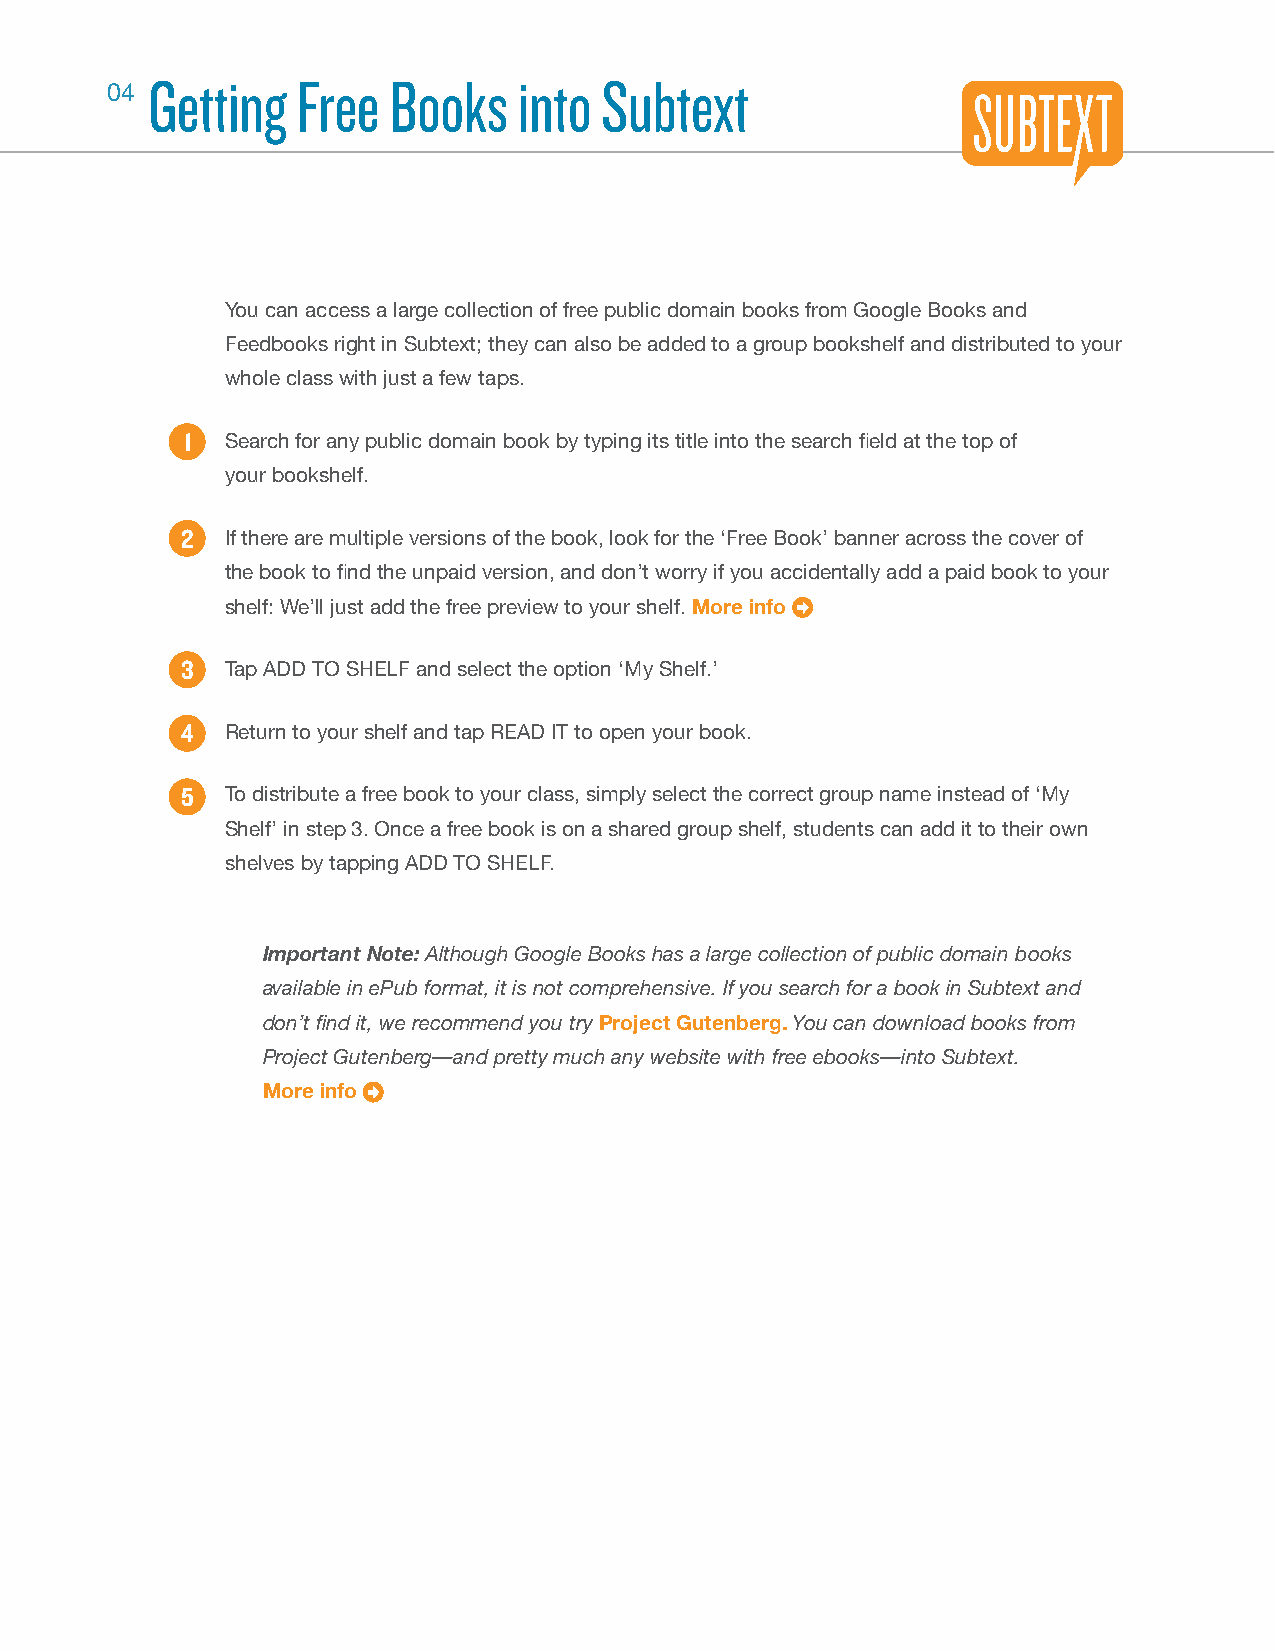
Getting   Free  Books   into  Subtext
 04
 You can access a large collection of free public domain books from Google Books and
 Feedbooks right in Subtext; they can also be added to a group bookshelf and distributed to your
 whole class with just a few taps.
 1  Search for any public domain book by typing its title into the search fi eld at the top of
 your bookshelf.
 2  If there are multiple versions of the book, look for the ‘Free Book’ banner across the cover of
 the book to fi nd the unpaid version, and don’t worry if you accidentally add a paid book to your
 shelf: We’ll just add the free preview to your shelf. More info
 3  Tap ADD TO SHELF and select the option ‘My Shelf.’
 4  Return to your shelf and tap READ IT to open your book.
 5  To distribute a free book to your class, simply select the correct group name instead of ‘My
 Shelf’ in step 3. Once a free book is on a shared group shelf, students can add it to their own
 shelves by tapping ADD TO SHELF.
 Important Note: Although Google Books has a large collection of public domain books
 available in ePub format, it is not comprehensive. If you search for a book in Subtext and
 don’t fi nd it, we recommend you try Project Gutenberg. You can download books from
 Project Gutenberg—and pretty much any website with free ebooks—into Subtext.
 More info